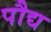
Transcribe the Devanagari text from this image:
पौद्य